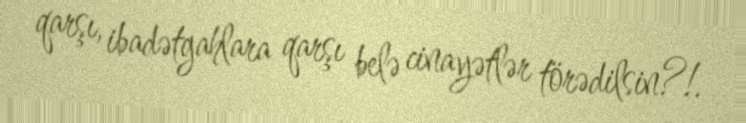
qarşı, ibadətgahlara qarşı belə cinayətlər törədilsin?!.